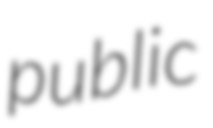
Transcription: public